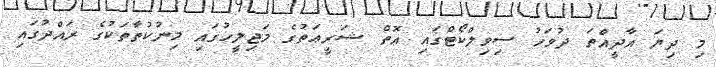
މި ދިޔަ އާދީއްތަ ދުވަހު ސިވިލްކޯޓްގައި އޮތް ޝަރީޢަތުގެ މަޖިލީހުގައި މިނުކުތާތަކުގެ ރައްދުގައި